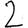
Digit: 2